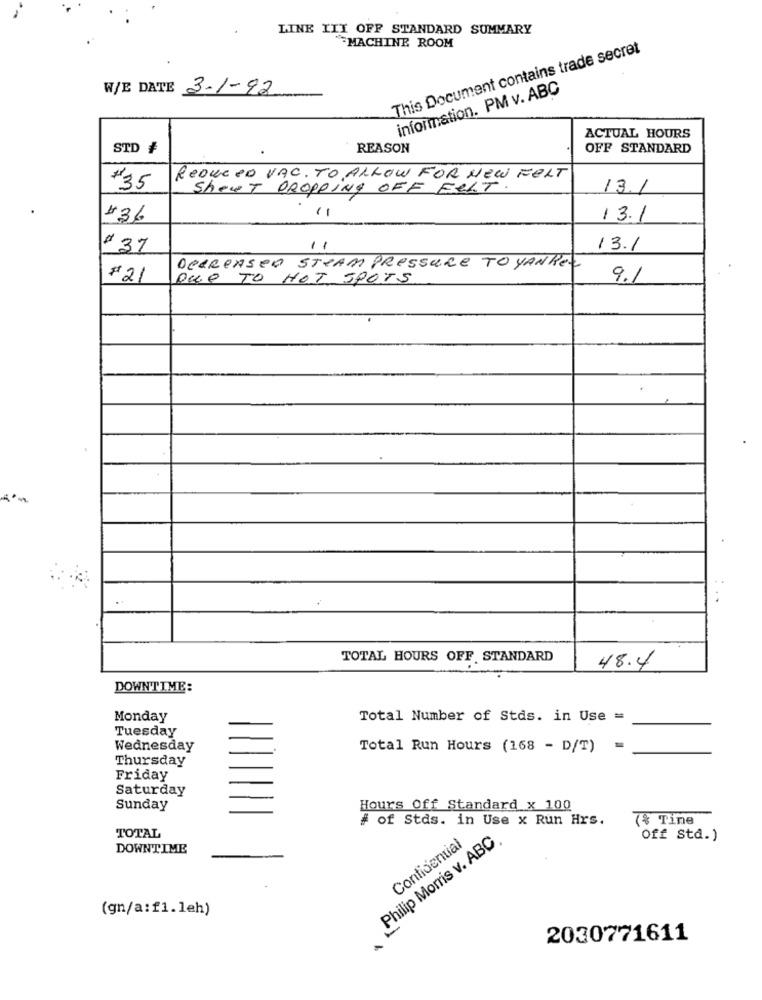
LINE IIT OFF STANDARD SUMMARY
MACHINE ROOM
This Document contains trade secret
W/E DATE 3-1-92
information. PM v. ABC
ACTUAL HOURS
STD #
REASON
OFF STANDARD
REDUCED VAC. TO ALLOW FOR NEW FELT
#35
Sheet DROPPING OFF FELT.
13.1
#36
13.1
#37
1.
13.1
DECREASED STRAM PRESSURE TO YANREZ
#21
QUE TO HOT SPOTS
9.1
...
TOTAL HOURS OFF. STANDARD
48.4
DOWNTIME:
Monday
Total Number of Stds. in Use =
Tuesday
Wednesday
Total Run Hours (168 - D/T)
Thursday
Friday
Saturday
Sunday
Hours Off Standard x 100
# of Stds. in Use x Run Hrs.
& Tine
TOTAL
Philip Morris v. ABC
Confidential
Off Std.)
DOWNTIME
(gn/a:f1.leh)
2030771611